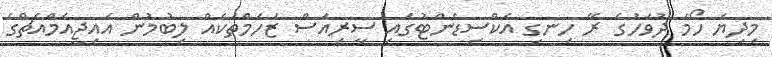
މިދިޔަ ހޯމަ ދުވަހުގެ ރޭ ހިނގި އެކްސިޑެންޓުގައި ސީރިއަސް ޒަހަމްތަކެއް ލިބުމުން އައިޖީއެމްއެޗްގެ